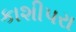
કાશીપરા